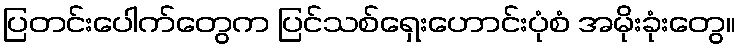
ပြတင်းပေါက်တွေက ပြင်သစ်ရှေးဟောင်းပုံစံ အမိုးခုံးတွေ။